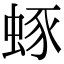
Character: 䖶